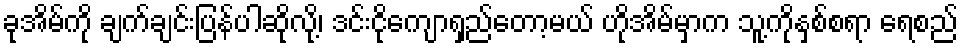
ခုအိမ်ကို ချက်ချင်းပြန်ပါဆိုလို့၊ ဒင်းငိုကျောရှည်တော့မယ် ဟိုအိမ်မှာက သူ့ကိုနှစ်စရာ ရေစည်